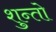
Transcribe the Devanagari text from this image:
शुन्तो